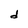
Character: d